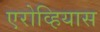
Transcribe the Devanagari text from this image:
एरोव्हियास